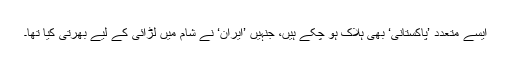
ایسے متعدد ’پاکستانی‘ بھی ہلاک ہو چکے ہیں، جنہیں ’ایران‘ نے شام میں لڑائی کے لیے بھرتی کیا تھا۔